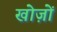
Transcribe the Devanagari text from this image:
खोज़ों